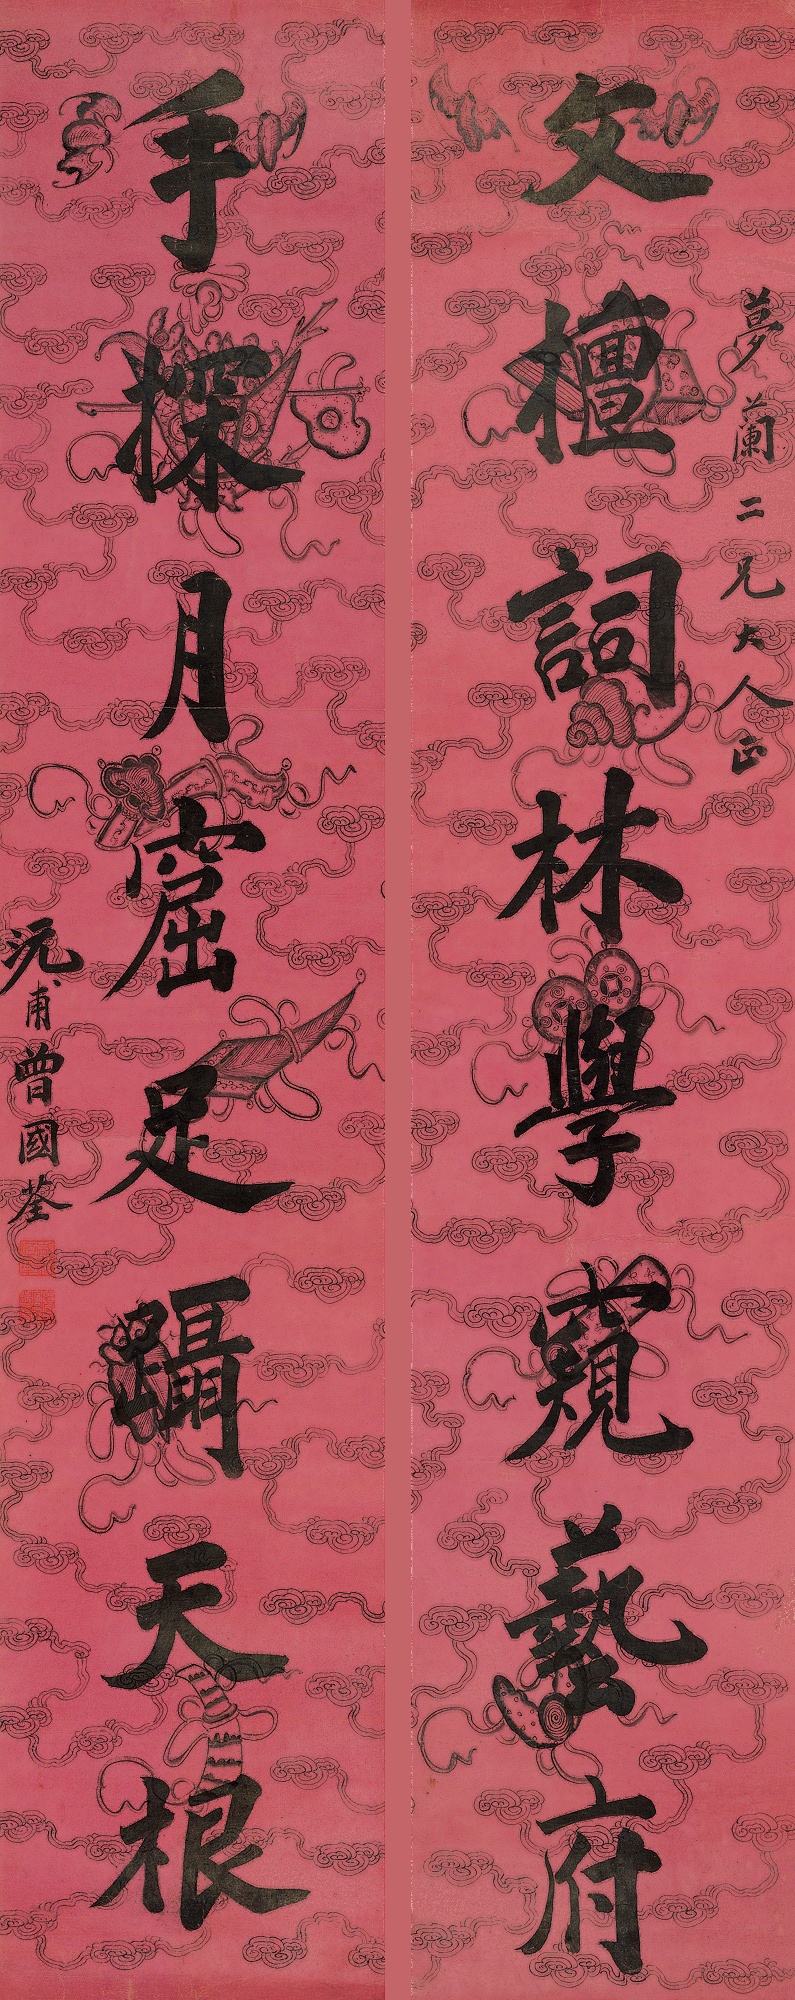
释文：文擅词林学窥艺府，手探月窟足蹑天根。梦兰二兄大人正，沅甫曾国荃。